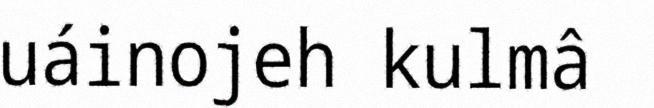
uáinojeh kulmâ